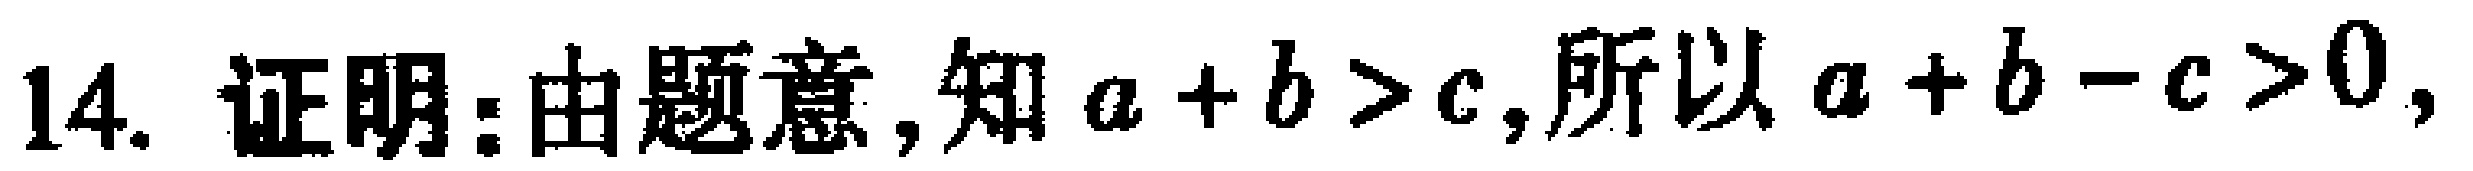
14. 证明：由题意，知 \(a + b > c\)，所以 \(a + b - c > 0\)，